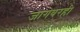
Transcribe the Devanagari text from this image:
जागेवरही